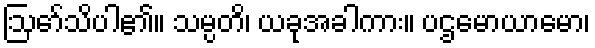
ဩော်သိပါ၏။ သမ္ပတိ၊ ယခုအခါကား။ ပဌမောယာမော၊